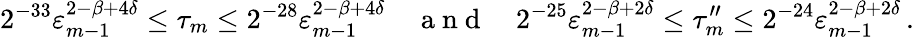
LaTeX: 2^{-33}\varepsilon_{m-1}^{2-\beta+4\delta}\leq\tau_{m}\leq 2^{-28}\varepsilon_{m-1}^{2-\beta+4\delta}\quad\mathrm{~a~n~d~}\quad 2^{-25}\varepsilon_{m-1}^{2-\beta+2\delta}\leq\tau_{m}^{\prime\prime}\leq 2^{-24}\varepsilon_{m-1}^{2-\beta+2\delta}\, .